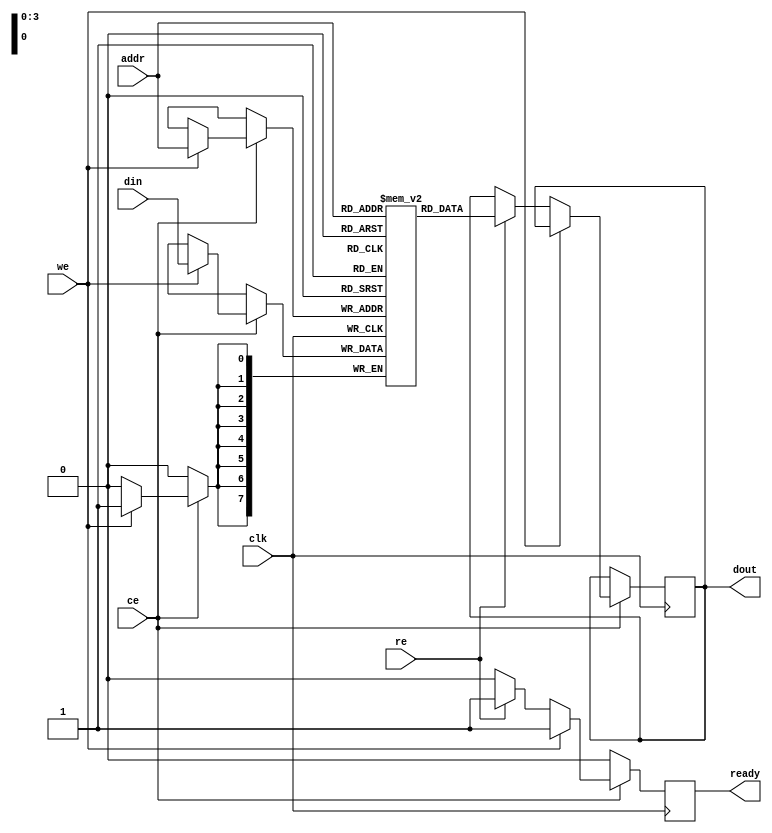
module NVSRAM #(
    parameter ADDR_WIDTH = 4,    // Address width
    parameter DATA_WIDTH = 8,     // Data width
    parameter MEM_SIZE = 1 << ADDR_WIDTH // Memory size
)(
    input wire clk,                 // Clock signal
    input wire ce,                  // Chip enable
    input wire we,                  // Write enable
    input wire re,                  // Read enable
    input wire [ADDR_WIDTH-1:0] addr, // Address input
    input wire [DATA_WIDTH-1:0] din,  // Data input
    output reg [DATA_WIDTH-1:0] dout, // Data output
    output reg ready                // Ready status
);

    // Memory array
    reg [DATA_WIDTH-1:0] mem [0:MEM_SIZE-1];

    // Control logic
    always @(posedge clk) begin
        if (!ce) begin
            ready <= 1'b0; // Chip is disabled
        end else begin
            if (we) begin
                // Write operation
                mem[addr] <= din;
                ready <= 1'b1; // Operation completed
            end else if (re) begin
                // Read operation
                dout <= mem[addr];
                ready <= 1'b1; // Operation completed
            end else begin
                ready <= 1'b0; // No operation
            end
        end
    end

    // Erase operation (simplified)
    task erase;
        integer i;
        begin
            for (i = 0; i < MEM_SIZE; i = i + 1) begin
                mem[i] <= {DATA_WIDTH{1'b0}}; // Reset memory to 0
            end
        end
    endtask

    // Built-in self-test (BIST) (simplified)
    task bist;
        reg [DATA_WIDTH-1:0] test_data;
        integer i;
        begin
            // Write test pattern
            for (i = 0; i < MEM_SIZE; i = i + 1) begin
                test_data = i; // Example test pattern
                mem[i] <= test_data; // Write test pattern
            end
            // Read and verify
            for (i = 0; i < MEM_SIZE; i = i + 1) begin
                if (mem[i] !== i) begin
                    $display("BIST Error at address %d: expected %d, got %d", i, i, mem[i]);
                end
            end
        end
    endtask

endmodule